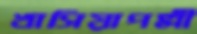
খাসিয়াপল্লী